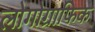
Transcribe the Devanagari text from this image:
लोगोग्राफिक